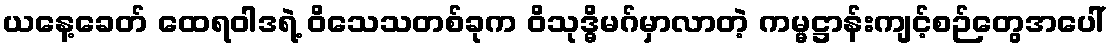
ယနေ့ခေတ် ထေရဝါဒရဲ့ ဝိသေသတစ်ခုက ဝိသုဒ္ဓိမဂ်မှာလာတဲ့ ကမ္မဋ္ဌာန်းကျင့်စဉ်တွေအပေါ်